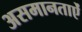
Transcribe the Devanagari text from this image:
असमानताऐं